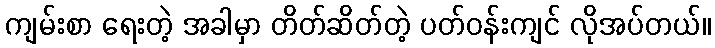
ကျမ်းစာ ရေးတဲ့ အခါမှာ တိတ်ဆိတ်တဲ့ ပတ်ဝန်းကျင် လိုအပ်တယ်။